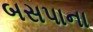
બસપાના